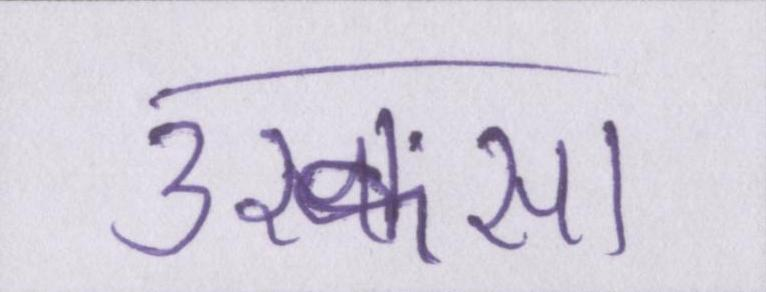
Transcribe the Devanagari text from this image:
उकसा